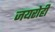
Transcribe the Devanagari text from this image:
जयरोही